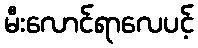
မီးလောင်ရာလေပင့်